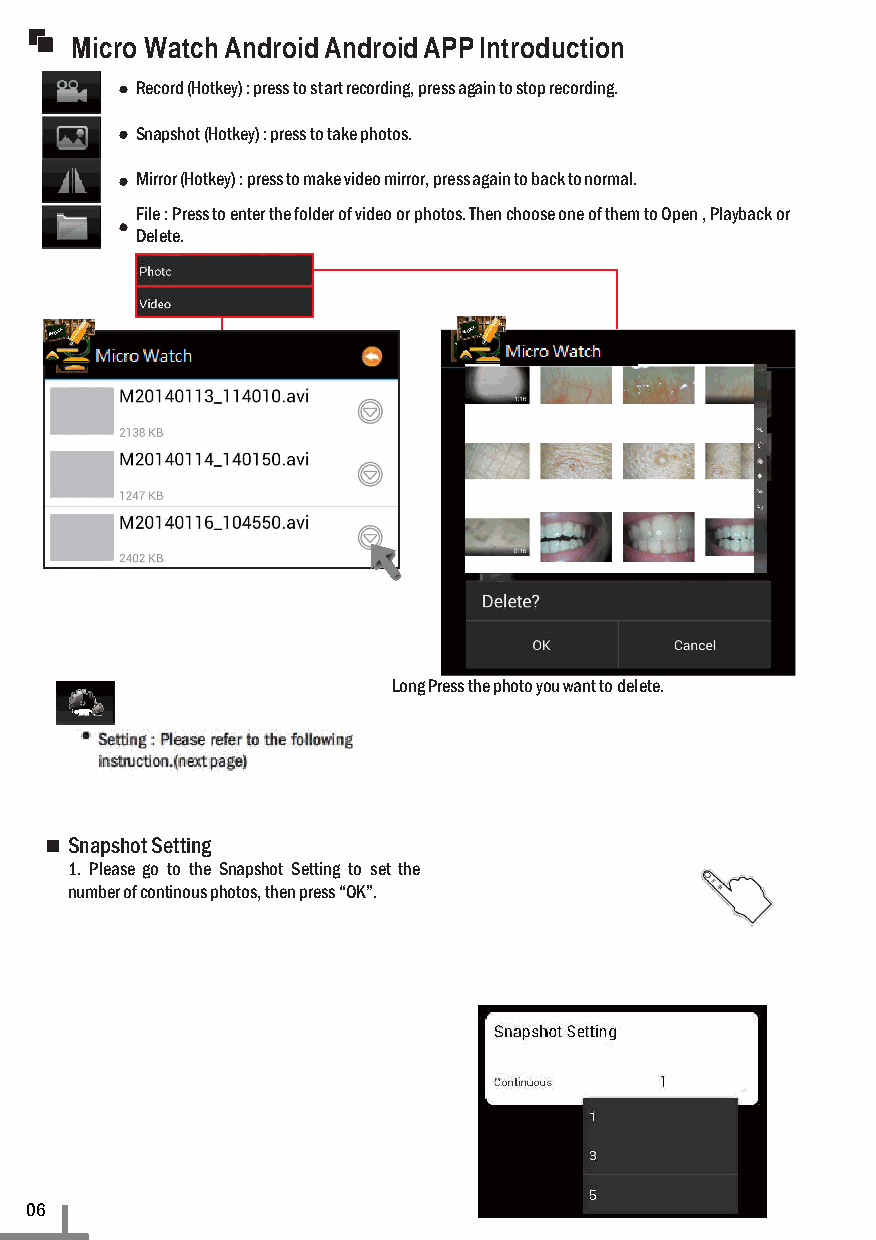
Micro Watch Android Android APP Introduction
 Record (Hotkey) : press to start recording, press again to stop recording.
 Snapshot (Hotkey) : press to take photos.
 Mirror (Hotkey) : press to make video mirror, press again to back to normal.
 File : Press to enter the folder of video or photos. Then choose one of them to Open , Playback or
 Delete.
 Im Scope
 Im S c o p e
 Long Press the photo you want to delete.
 Snapshot Setting
 1. Please go to the Snapshot Setting to set the
 number of continous photos, then press “OK”.
 06